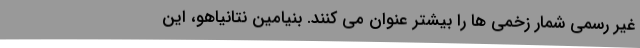
غیر رسمی شمار زخمی ها را بیشتر عنوان می کنند. بنیامین نتانیاهو، این